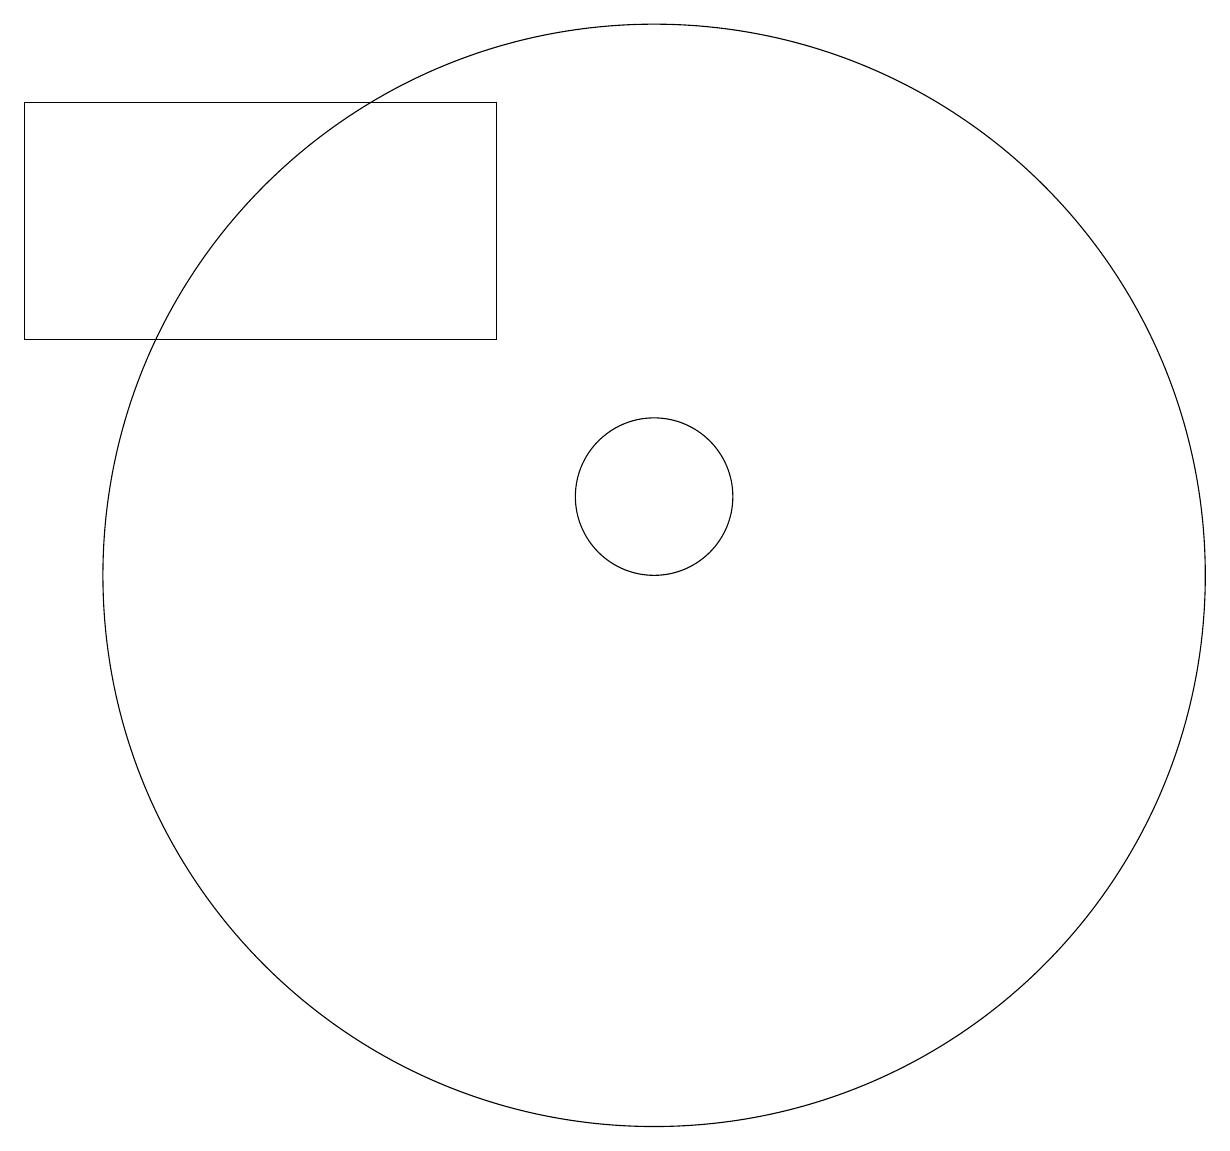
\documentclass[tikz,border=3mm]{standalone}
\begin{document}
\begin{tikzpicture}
\draw (3,14) rectangle (9,17);
\draw (11,11) circle (7);
\draw (11,12) circle (1);
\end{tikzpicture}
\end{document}